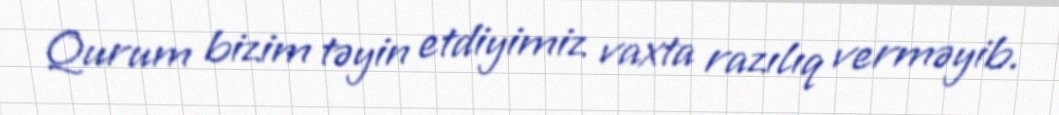
Qurum bizim təyin etdiyimiz vaxta razılıq verməyib.